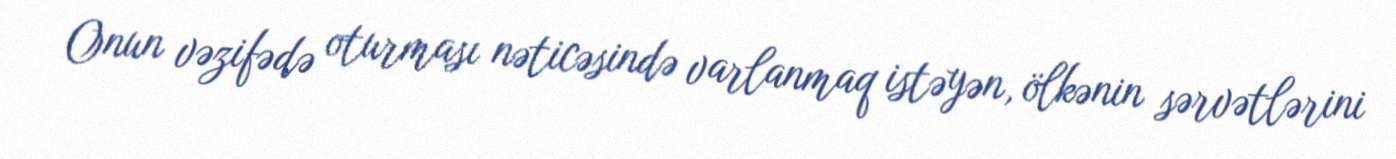
Onun vəzifədə oturması nəticəsində varlanmaq istəyən, ölkənin sərvətlərini